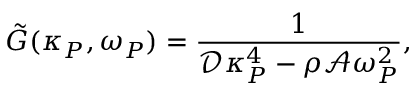
\tilde { G } ( \kappa _ { P } , \omega _ { P } ) = \frac { 1 } { \mathcal { D } \kappa _ { P } ^ { 4 } - \rho \mathcal { A } \omega _ { P } ^ { 2 } } ,